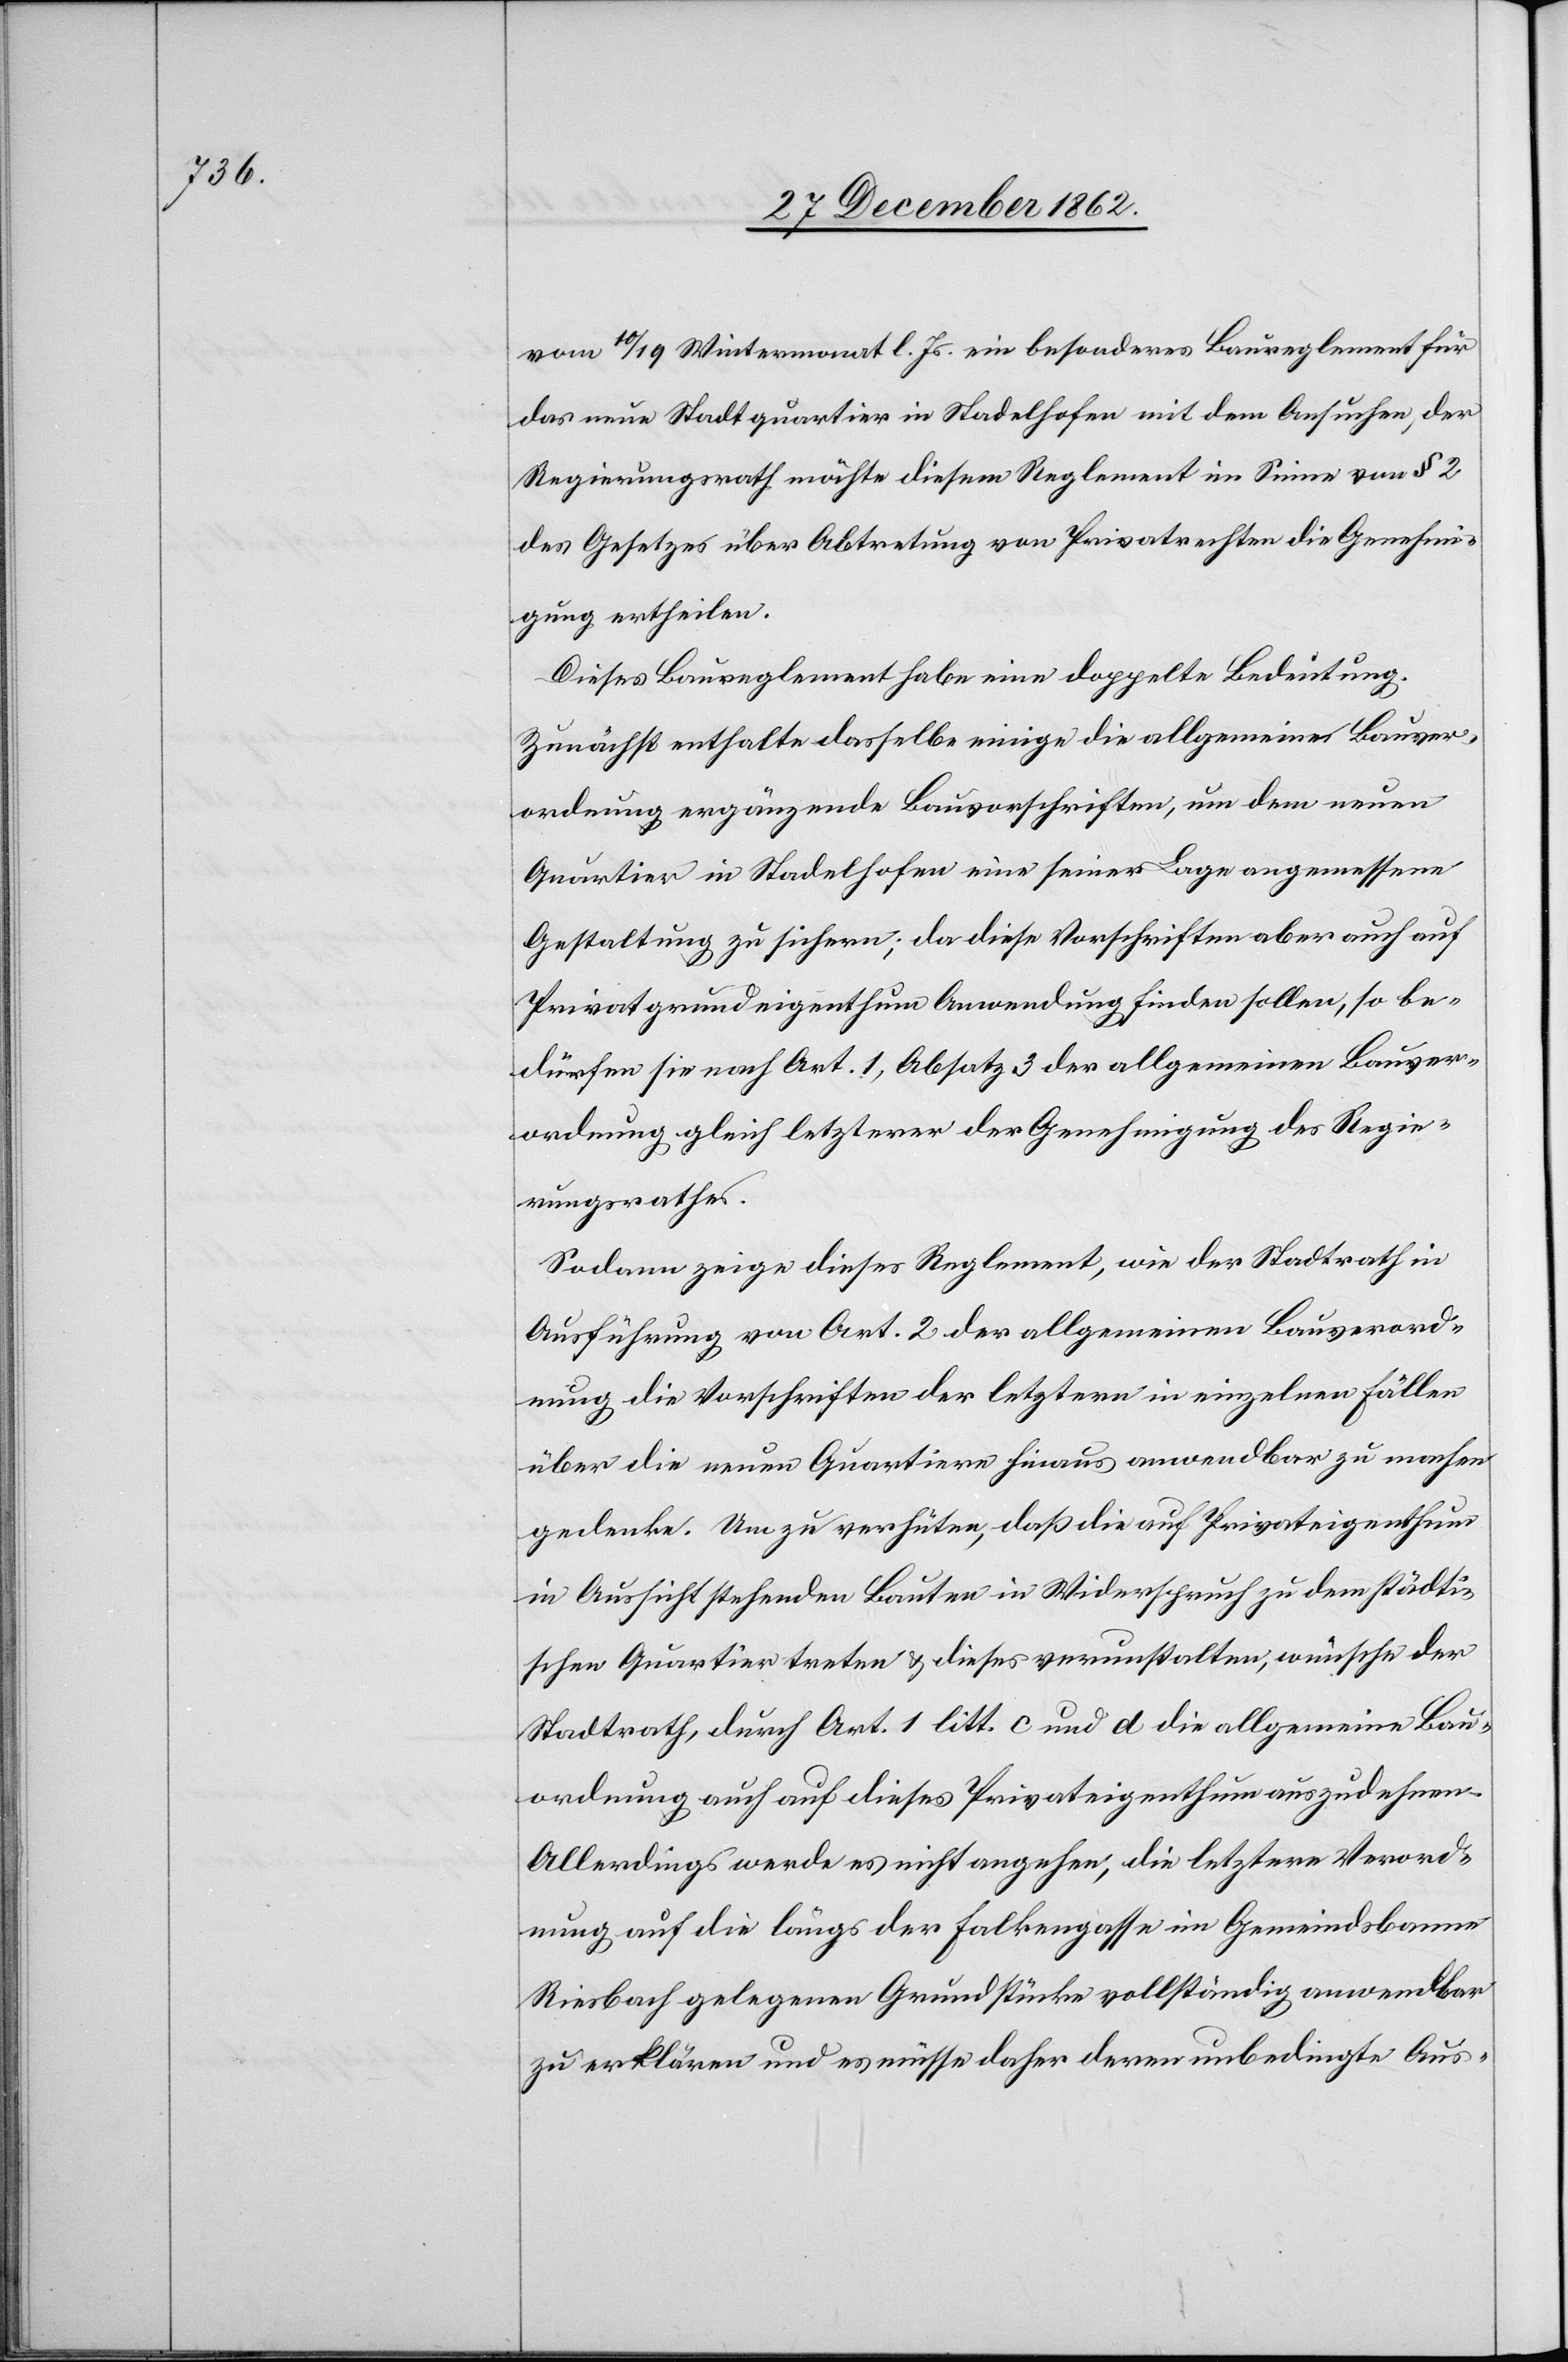
vom 10/19. Wintermonat l. Js. ein besonderes Baureglement für
das neue Stadtquartier in Stadelhofen mit dem Ansuchen, der
Regierungsrath möchte diesem Reglement im Sinne von § 2
des Gesetzes über Abtretung von Privatrechten die Genehmi¬
gung ertheilen.
Dieses Baureglement habe eine gedoppelte Bedeutung.
Zunächst enthalte dasselbe einige die allgemeinen Bauver¬
ordnung ergänzende Bauvorschriften, um dem neuen
Quartier in Stadelhofen eine seiner Lage angemessene
Gestaltung zu sichern; da diese Vorschriften aber auch auf
Privatgrundeigenthum Anwendung finden sollen, so be¬
dürfen sie nach Art. 1, Absatz 3 der allgemeinen Bauver¬
ordnung gleich letzterer der Genehmigung des Regie¬
rungsrathes.
Sodann zeige dieses Reglement, wie der Stadtrath in
Ausführung von Art. 2 der allgemeinen Bauverord¬
nung die Vorschriften der letztern in einzelnen Fällen
über die neuen Quartiere hinaus anwendbar zu machen
gedenke. Um zu verhüten, daß die auf Privateigenthum
in Aussicht stehenden Bauten in Widerspruch zu dem städti¬
schen Quartier treten u. dieses verunstalten, wünsche der
Stadtrath, durch Art. 1 litt. c und d die allgemeine Bau¬
ordnung auch auf dieses Privateigenthum auszudehnen.
Allerdings werde es nicht angehen, die letztere Verord¬
nung auf die längs der Falkengasse im Gemeindsbanne
Riesbach gelegenen Grundstücke vollständig anwendbar
zu erklären und es müsse daher deren unbedingte Aus-